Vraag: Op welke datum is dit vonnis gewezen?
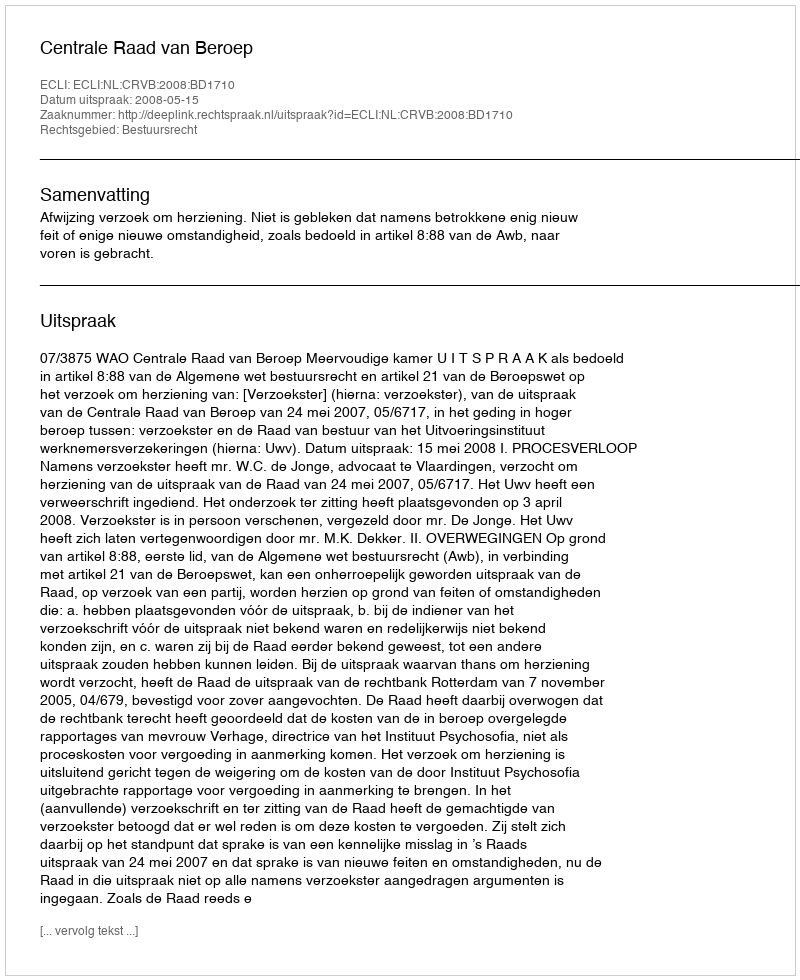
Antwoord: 2008-05-15